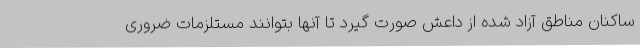
ساکنان مناطق آزاد شده از داعش صورت گیرد تا آنها بتوانند مستلزمات ضروری